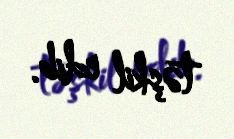
təşkil edib.